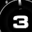
Digit: 3